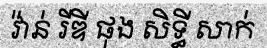
វ៉ាន់ រីឌី ផុង សិទ្ធី សាក់